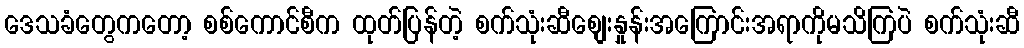
ဒေသခံတွေကတော့ စစ်ကောင်စီက ထုတ်ပြန်တဲ့ စက်သုံးဆီစျေးနှုန်းအကြောင်းအရာကိုမသိကြပဲ စက်သုံးဆီ